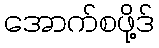
အောက်စဖို့ဒ်